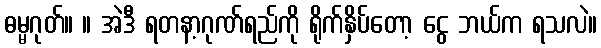
ဓမ္မဂုတ်။ ။ အဲဒီ ရတနာ့ဂုဏ်ရည်ကို ရိုက်နှိပ်တော့ ငွေ ဘယ်က ရသလဲ။